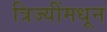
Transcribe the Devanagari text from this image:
त्रिज्यींमधून